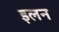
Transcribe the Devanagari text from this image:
इलन